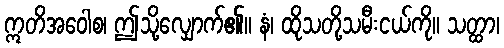
ဣတိအဝေါစ၊ ဤသို့လျှောက်၏။ နံ၊ ထိုသတို့သမီးငယ်ကို။ သတ္ထာ၊